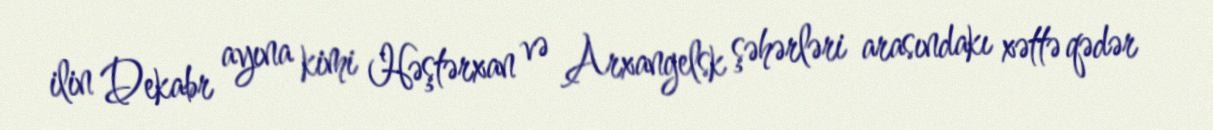
ilin Dekabr ayına kimi Həştərxan və Arxangelsk şəhərləri arasındakı xəttə qədər